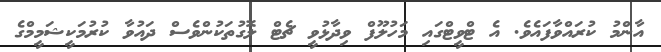
އާންމު ކުރައްވާފައެވެ. އެ ޓްވީޓްގައި މަހުލޫފް ވިދާޅުވީ ޗެޓް ލޮގުތަކުންވެސް ދައުވާ ކުރުމަކީޝަމީމްގެ